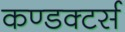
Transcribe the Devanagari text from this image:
कण्डक्टर्स